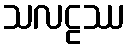
သလဠဿ